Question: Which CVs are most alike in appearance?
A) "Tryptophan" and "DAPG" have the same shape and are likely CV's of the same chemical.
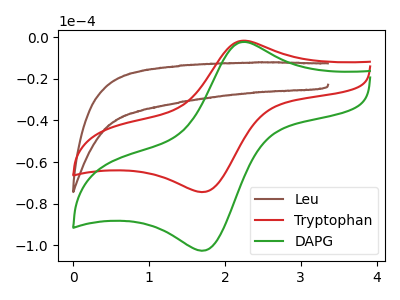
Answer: <think>The brown curve "Leu" has no peaks. The red curve "Tryptophan" has an anodic peak at (2.25V, -1.60uA) and a cathodic peak at (1.75V, -74.40uA). The green curve "DAPG" has an anodic peak at (2.25V, -2.20uA) and a cathodic peak at (1.75V, -102.60uA).
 "Leu" and "Tryptophan" have a different number of peaks. "Leu" and "DAPG" have a different number of peaks. All the peaks in "Tryptophan" have a peak in "DAPG" at the same potential.</think>
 <answer>A) "Tryptophan" and "DAPG" have the same shape and are likely CV's of the same chemical.</answer>
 <eval>A</eval>